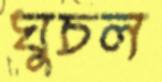
ঘুচল